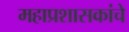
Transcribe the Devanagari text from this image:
महाप्रशासकांचे